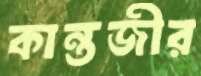
কান্তজীর